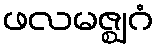
ဖလမဇ္ဈဂံ